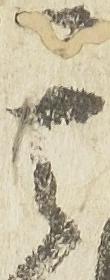
其